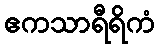
ဧကသာရီရိကံ